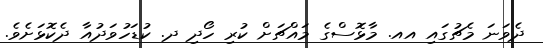
ދެވަނަ މެޗުގައި އއ. މާޅޮސްގެ މައްޗަށް ކުރި ހޯދި ދ. ކުޑަހުވަދުއާ ދެކޮޅަށެވެ.